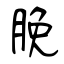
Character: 脕